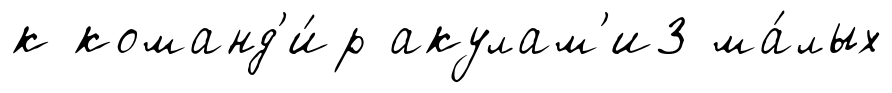
к команд'и́р акулам'и3 ма́лых